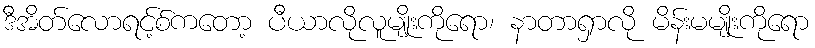
ဒီအိတ်လောရင့်စ်ကတော့ ပီယာလိုလူမျိုးကိုရော၊ နာတာရှာလို မိန်းမမျိုးကိုရော